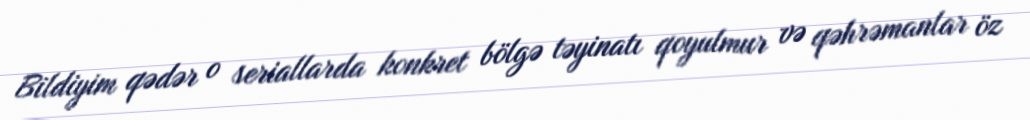
Bildiyim qədər o seriallarda konkret bölgə təyinatı qoyulmur və qəhrəmanlar öz